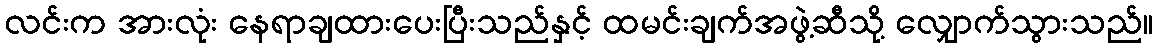
လင်းက အားလုံး နေရာချထားပေးပြီးသည်နှင့် ထမင်းချက်အဖွဲ့ဆီသို့ လျှောက်သွားသည်။